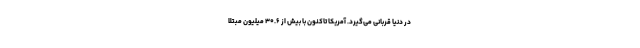
در دنیا قربانی می‌گیرد. آمریکا تاکنون با بیش از ۳۰.۶ میلیون مبتلا